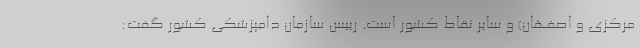
مرکزی و اصفهان) و سایر نقاط کشور است. رییس سازمان دامپزشکی کشور گفت: